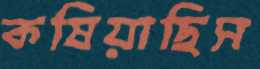
কষিয়াছিস